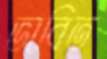
ভাবিত